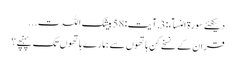
دیکھئے سورۃ النسآء:3 , آیت:58 بیشک اللہ ت...
قران کے نسخے کن ہاتھوں سے ہمارے ہاتھوں تک پہنچے؟